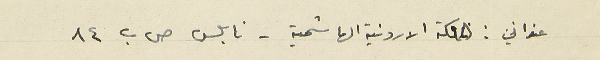
عنواني : المملكة الاردنية الهاشمية - نابلس ص ب ٨٤